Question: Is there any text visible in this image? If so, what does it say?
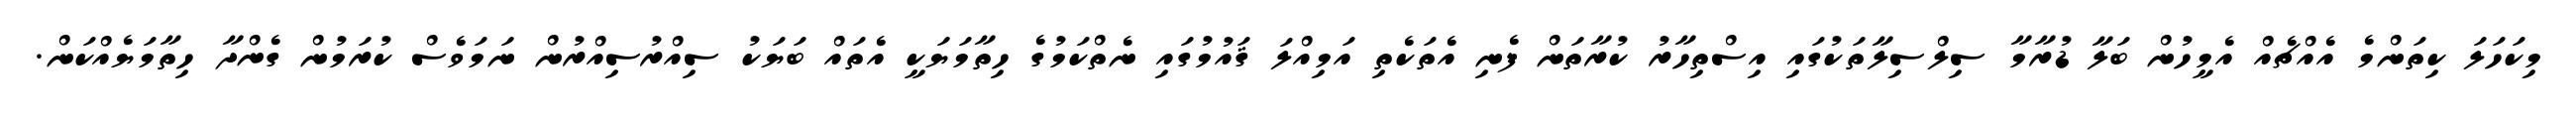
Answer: މިކަހަލަ ކިތަންމެ އެއްޗެއް އެމީހުން ބަލާ ޑުރާމާ ސިލްސިލާތަކުގައި އިސްތިހާރު ކުރާތަން ފެނި އެތަކެތި އަމިއްލަ ޤައުމުގައި ނެތްކަމުގެ ހިތާމަޔަކީ އެތައް ބަޔަކު ސިއްރުސިއްރުން ނަމަވެސް ކުރަމުން ގެންދާ ހިތާމަޔެއްކަން.